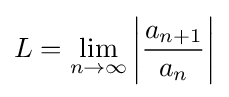
L=\lim _{n\to \infty }\left|{\frac {a_{n+1}}{a_{n}}}\right|